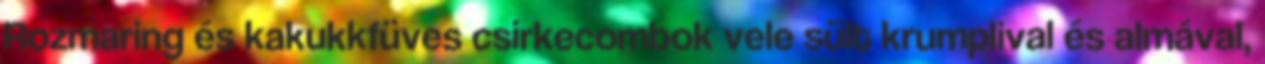
Rozmaring és kakukkfüves csirkecombok vele sült krumplival és almával,